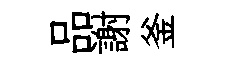
品謝釜